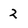
Character: 2